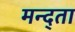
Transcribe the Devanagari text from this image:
मन्द्ता